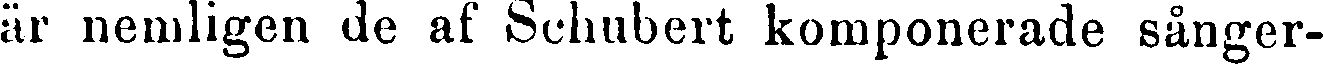
är nemligen de af Schubert komponerade sånger-